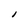
Character: I